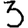
Digit: 3